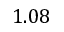
1 . 0 8